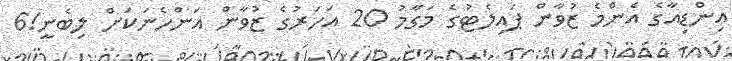
އިންޑިއާގެ އެންމެ ޒުވާން ޕައިލެޓުގެ މަގާމު 20 އަހަރުގެ ޒުވާން އަންހެނަކަށް ލިބެނީ!6